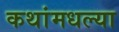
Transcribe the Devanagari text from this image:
कथांमधल्या